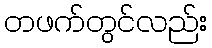
တဖက်တွင်လည်း